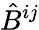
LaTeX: {\hat{B}}^{ij}